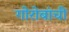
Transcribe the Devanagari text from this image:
गोरोबांची